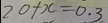
2 0 + x = 0 . 3 .